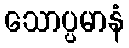
သောပ္ပမာနံ